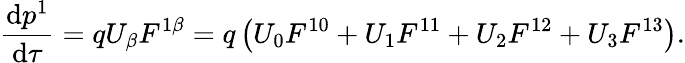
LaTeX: {\frac{\mathrm{d}p^{1}}{\mathrm{d}\tau}}=qU_{\beta}F^{1\beta}=q\left(U_{0}F^{10}+U_{1}F^{11}+U_{2}F^{12}+U_{3}F^{13}\right).